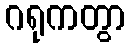
ဂရုကတွာ